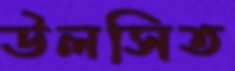
উলসিত